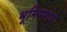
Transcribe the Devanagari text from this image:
भूमिभराव